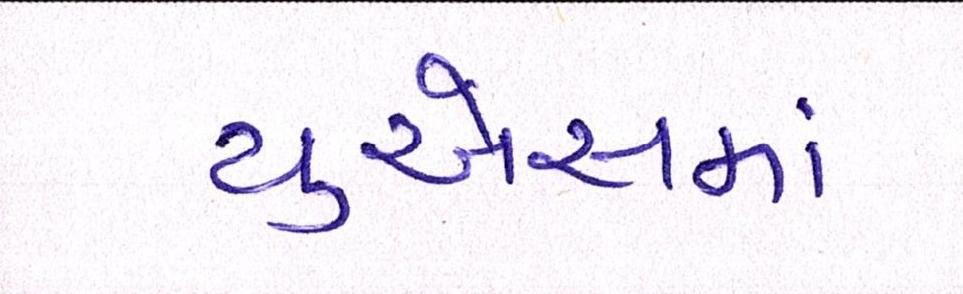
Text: યુએસમાં